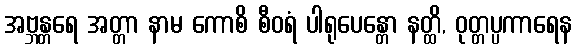
အဗ္ဘန္တရေ အတ္တာ နာမ ကောစိ စီဝရံ ပါရုပေန္တော နတ္ထိ, ဝုတ္တပ္ပကာရေန